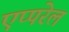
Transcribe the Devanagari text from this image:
एप्परेल